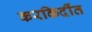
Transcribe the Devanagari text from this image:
करकिर्दीत